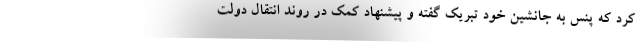
کرد که پنس به جانشین خود تبریک گفته و پیشنهاد کمک در روند انتقال دولت